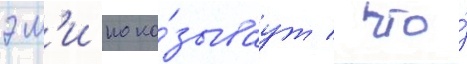
эм'и пока́зываут / что́